Streptothrix isolated from the spleen of a leper - Number 51
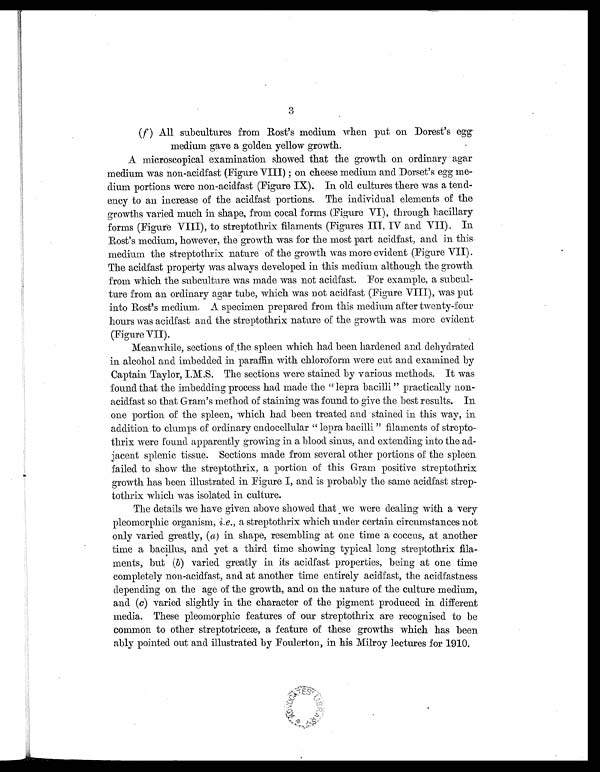
3
( f ) All subcultures from Rost's medium when put on Dorest's egg
medium gave a golden yellow growth.
A microscopical examination showed that the growth on ordinary agar
medium was non-acidfast (FigureVIII) ; on cheese medium and Dorset's egg me
dium portions were non-acidfast (Figure IX). In old cultures there was a tend-
ency to an increase of the acidfast portions. The individual elements of the
growths varied much in shape, from cocal forms (Figure VI), through bacillary
forms (Figure VIII), to streptothrix filaments (Figures III, IV and VII). In
Rost's medium, however, the growth was for the most part acidfast, and in this
medium the streptothrix nature of the growth was more evident (Figure VII).
The acidfast property was always developed in this medium although the growth
from which the subculture was made was not acidfast. For example, a subcul-
ture from an ordinary agar tube, which was not acidfast (Figure VIII), was put
into Rost's medium, A specimen prepared from this medium after twenty-four
hours was acidfast and the streptothrix nature of the growth was more evident
(Figure VII).
Meanwhile, sections of the spleen which had been hardened and dehydrated
in alcohol and imbedded in paraffin with chloroform were cut and examined by
Captain Taylor, I.M.S. The sections were stained by various methods. It was
found that the imbedding process had made the " lepra bacilli " practically non
acidfast so that Gram's method of staining was found to give the best results. In
one portion of the spleen, which had been treated and stained in this way, in
addition to clumps of ordinary endocellular " lepra bacilli " filaments of strepto-
thrix were found apparently growing in a blood sinus, and extending into the ad-
jacent splenic tissue. Sections made from several other portions of the spleen
failed to show the streptothrix, a portion of this Gram positive streptothrix
growth has been illustrated in Figure I, and is probably the same acidfast
strep- tothrix which was isolated in culture.
The details we have given above showed that we were dealing with a very
pleomorphic organism, i.e ., a streptothrix which under certain circumstances not
only varied greatly, ( a ) in shape, resembling at one time a coccus, at another
time a bacillus, and yet a third time showing typical long streptothrix fila-
ments, but ( b) varied greatly in its acidfast properties, being at one time
completely non-acidfast, and at another time entirely acidfast, the acidfastness
depending on the age of the growth, and on the nature of the culture medium,
and (c) varied slightly in the character of the pigment produced in different
media. These pleomorphic features of our streptothrix are recognised to be
common to other streptotriceæ, a feature of these growths which has been
ably pointed out and illustrated by Foulerton, in his Milroy lectures for 1910.